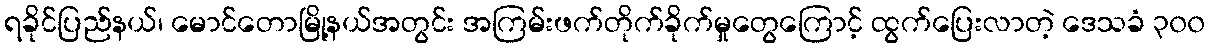
ရခိုင်ပြည်နယ်၊ မောင်တောမြို့နယ်အတွင်း အကြမ်းဖက်တိုက်ခိုက်မှုတွေကြောင့် ထွက်ပြေးလာတဲ့ ဒေသခံ ၃၀၀